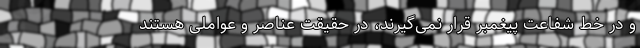
و در خط شفاعت پیغمبر قرار نمی‌گیرند، در حقیقت عناصر و عواملی هستند